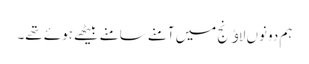
ہم دونوں لاﺅنج میں آمنے سامنے بیٹھے ہوئے تھے۔